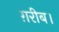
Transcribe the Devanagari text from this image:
ग़रीब।